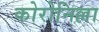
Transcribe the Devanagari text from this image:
कोरोनिल्ला